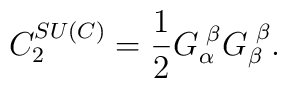
C_{2}^{SU\left( C\right) }=\frac{1}{2}G_{\alpha}^{\,\,\beta}G_{\beta}^{\,\,\beta}.